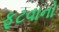
ફૂટવાનો